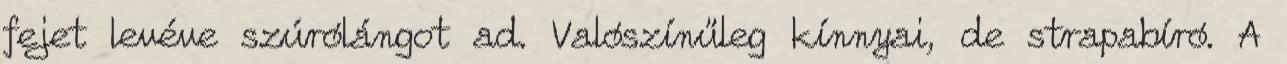
fejet levéve szúrólángot ad. Valószínűleg kínnyai, de strapabíró. A